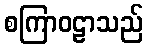
စကြာဝဠာသည်